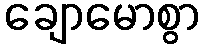
ချောမောစွာ